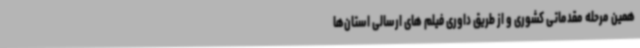
همین مرحله مقدماتی کشوری و از طریق داوری فیلم های ارسالی استان‌ها